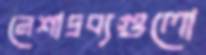
নেশাদ্রব্যগুলো